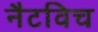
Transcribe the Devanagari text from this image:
नैटविच